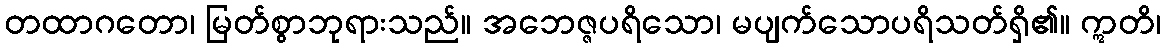
တထာဂတော၊ မြတ်စွာဘုရားသည်။ အဘေဇ္ဇပရိသော၊ မပျက်သောပရိသတ်ရှိ၏။ ဣတိ၊